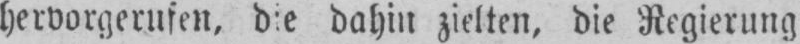
dahin zielten, die Regierung